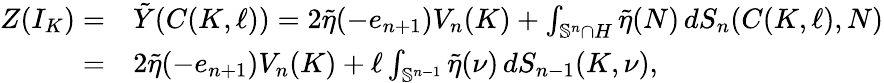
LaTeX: \begin{array}{rl}{Z(I_{K})=}&{\tilde{Y}(C(K,\ell))=2\tilde{\eta}(-e_{n+1})V_{n}(K)+\int_{\mathbb{S}^{n}\cap H}\tilde{\eta}(N)\, dS_{n}(C(K,\ell),N)}\\ {=}&{2\tilde{\eta}(-e_{n+1})V_{n}(K)+\ell\int_{\mathbb{S}^{n-1}}\tilde{\eta}(\nu)\, dS_{n-1}(K,\nu),}\end{array}